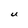
Character: U